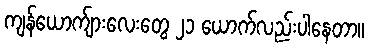
ကျန်ယောက်ျားလေးတွေ ၂၁ ယောက်လည်းပါနေတာ။